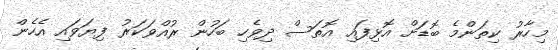
މިހާރު ކިތަންމެ ބޮޑަށް އޮޅިފައި އޮތަސް ދިވެހި ބަހުން ރުއްވަކަރު ފިޔަވައި އެހެން